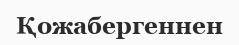
Қожабергеннен